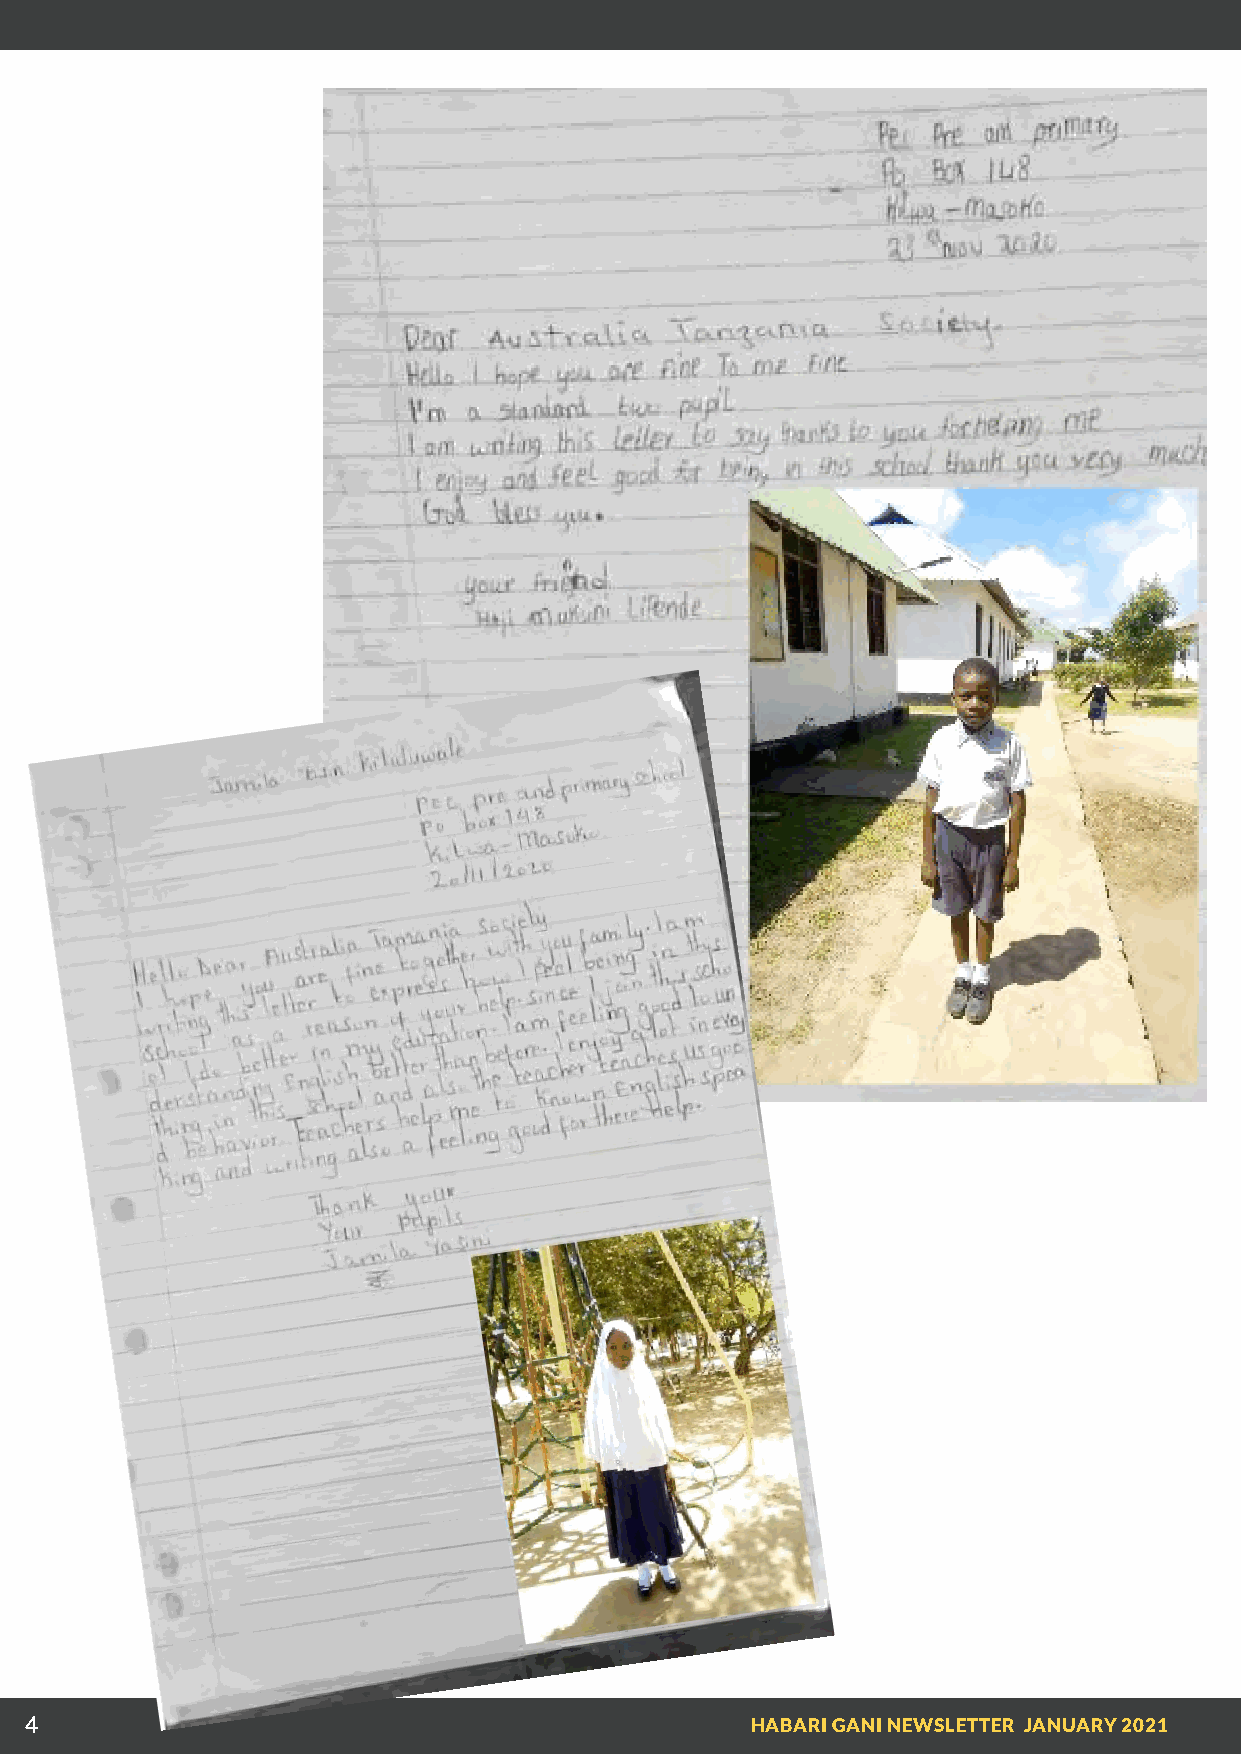
44                                              HABARI GANI NEWSLETTER JANUARY 2021